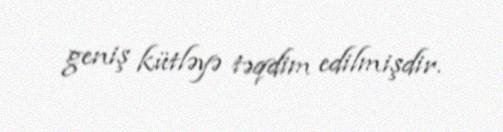
geniş kütləyə təqdim edilmişdir.